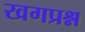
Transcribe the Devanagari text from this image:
खगप्रश्न